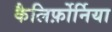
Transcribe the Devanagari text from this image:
कैलिर्फ़ोर्निया